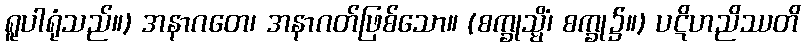
ရူပါရုံသည်။) အနာဂတေ၊ အနာဂတ်ဖြစ်သော။ (စက္ခုသ္မိံ၊ စက္ခု၌။) ပဋိဟညိဿတိ